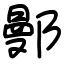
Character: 鄤